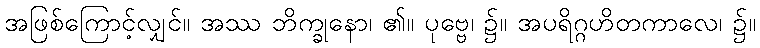
အဖြစ်ကြောင့်လျှင်။ အဿ ဘိက္ခုနော၊ ၏။ ပုဗ္ဗေ၊ ၌။ အပရိဂ္ဂဟိတကာလေ၊ ၌။